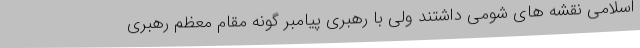
اسلامی نقشه های شومی داشتند ولی با رهبری پیامبر گونه مقام معظم رهبری